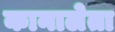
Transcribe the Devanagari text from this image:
कानालेता